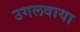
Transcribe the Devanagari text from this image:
उगलवाया